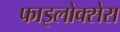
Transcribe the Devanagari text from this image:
फाइलोक्सेरा